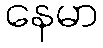
နေမာ